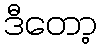
ဒီတော့